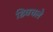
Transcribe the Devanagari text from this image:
डिवचले